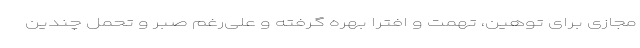
مجازی برای توهین، تهمت و افترا بهره گرفته و علی‌رغم صبر و تحمل چندین